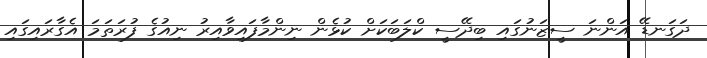
ދަގަނޑޭ އަންނަ ސީޒަނުގައި ބިދޭސީ ކްލަބަކަށް ކުޅެން ނިންމާފައިވާއިރު ނިއުގެ ފުރަތަމަ އެގާރައިގައި